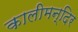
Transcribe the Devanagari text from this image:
कालीमन्दिर